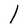
Character: l